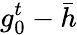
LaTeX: g_{0}^{t}-\bar{h}